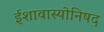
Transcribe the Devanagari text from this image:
ईशावास्योनिषद